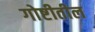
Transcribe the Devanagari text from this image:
गोष्टीतील